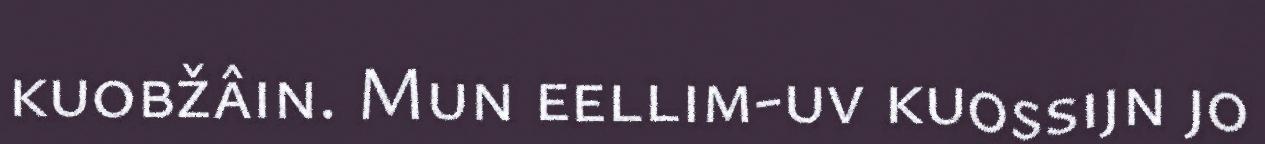
kuobžâin. Mun eellim-uv kuossijn jo